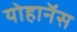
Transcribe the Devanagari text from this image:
योहानॅस